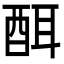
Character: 䣵